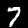
Digit: 7